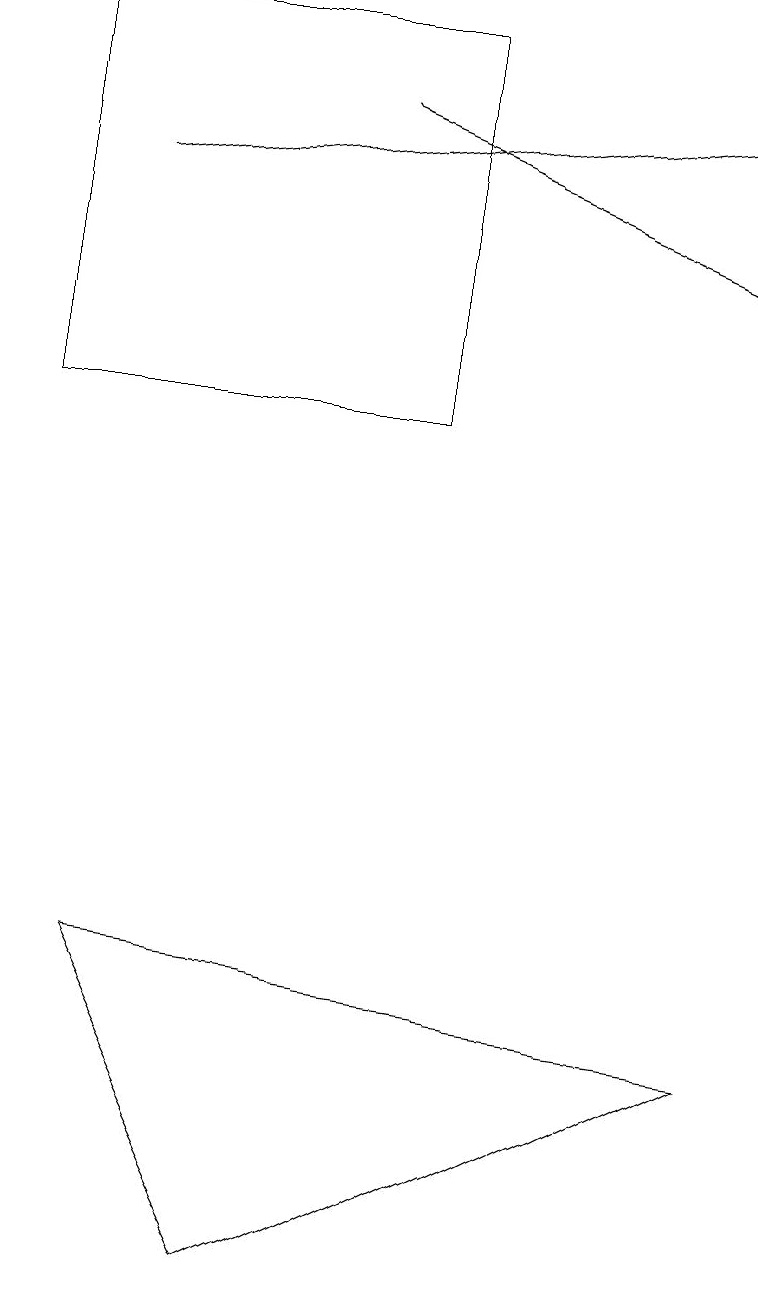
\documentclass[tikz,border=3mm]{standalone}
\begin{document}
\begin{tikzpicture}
\draw[->] (4,15) -- (9,13);
\draw (5,11) rectangle (0,16);
\draw[->] (1,14) -- (9,15);
\draw (3,0) -- (9,3) -- (1,4) -- cycle;
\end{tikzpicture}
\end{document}